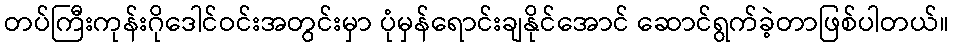
တပ်ကြီးကုန်းဂိုဒေါင်ဝင်းအတွင်းမှာ ပုံမှန်ရောင်းချနိုင်အောင် ဆောင်ရွက်ခဲ့တာဖြစ်ပါတယ်။